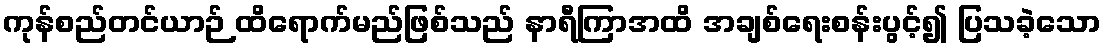
ကုန်စည်တင်ယာဉ် ထိရောက်မည်ဖြစ်သည် နာရီကြာအထိ အချစ်ရေးစန်းပွင့်၍ ပြသခဲ့သော